Lunatic asylums Central Provinces reports 1895-1909 - 1895-1909
Year: 1895
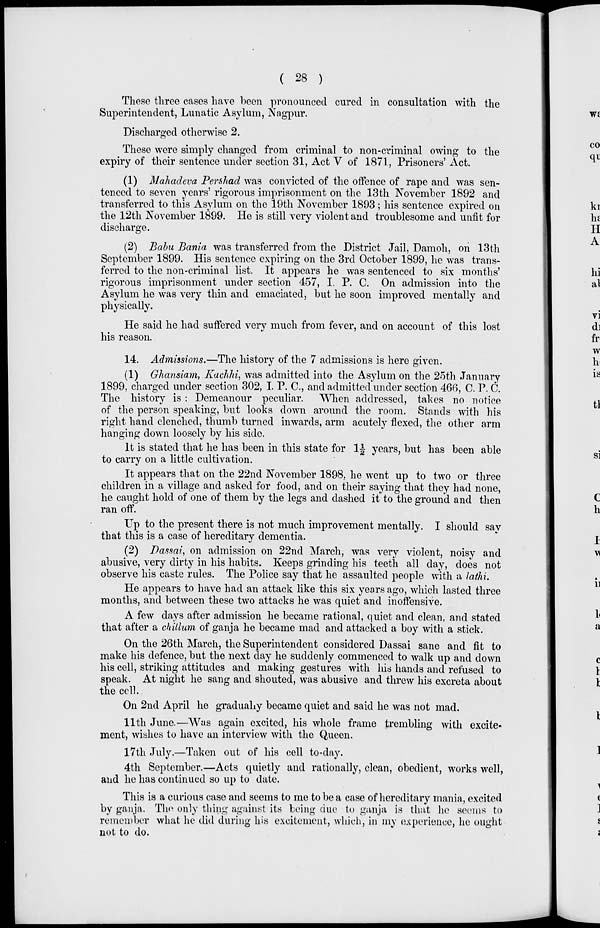
( 28 )
These three cases have been pronounced cured in consultation with the
Superintendent, Lunatic Asylum, Nagpur.
Discharged otherwise 2.
These were simply changed from criminal to non-criminal owing to the
expiry of their sentence under section 31, Act V of 1871, Prisoners' Act.
(1) Mahadeva Pershad was convicted of the offence of rape and was sen-
tenced to seven years' rigorous imprisonment on the 13th November 1892 and
transferred to this Asylum on the 19th November 1893 ; his sentence expired on
the 12th November 1899. He is still very violent and troublesome and unfit for
discharge.
(2) Babu Bania was transferred from the District Jail, Damoh, on 13th
September 1899. His sentence expiring on the 3rd October 1899, he was trans-
ferred to the non-criminal list. It appears he was sentenced to six months'
rigorous imprisonment under section 457, I. P. C. On admission into the
Asylum he was very thin and emaciated, but he soon improved mentally and
physically.
He said he had suffered very much from fever, and on account of this lost
his reason.
14. Admissions.—The history of the 7 admissions is here given.
(1) Ghansiam, Kachhi, was admitted into the Asylum on the 25th January
1899, charged under section 302, I. P. C., and admitted under section 466, C. P. C.
The history is : Demeanour peculiar. When addressed, takes no notice
of the person speaking, but looks down around the room. Stands with his
right hand clenched, thumb turned inwards, arm acutely flexed, the other arm
hanging down loosely by his side.
It is stated that he has been in this state for 1½ years, but has been able
to carry on a little cultivation.
It appears that on the 22nd November 1898, he went up to two or three
children in a village and asked for food, and on their saying that they had none,
he caught hold of one of them by the legs and dashed it to the ground and then
ran off.
Up to the present there is not much improvement mentally. I should say
that this is a case of hereditary dementia.
(2) Dassai, on admission on 22nd March, was very violent, noisy and
abusive, very dirty in his habits. Keeps grinding his teeth all day, does not
observe his caste rules. The Police say that he assaulted people with a lathi.
He appears to have had an attack like this six years ago, which lasted three
months, and between these two attacks he was quiet and inoffensive.
A few days after admission he became rational, quiet and clean, and stated
that after a chillum of ganja he became mad and attacked a boy with a stick.
On the 26th March, the Superintendent considered Dassai sane and fit to
make his defence, but the next day he suddenly commenced to walk up and down
his cell, striking attitudes and making gestures with his hands and refused to
speak. At night he sang and shouted, was abusive and threw his excreta about
the cell.
On 2nd April he gradually became quiet and said he was not mad.
11th June.—Was again excited, his whole frame trembling with excite-
ment, wishes to have an interview with the Queen.
17th July.—Taken out of his cell to-day.
4th September.—Acts quietly and rationally, clean, obedient, works well,
and he has continued so up to date.
This is a curious case and seems to me to be a case of hereditary mania, excited
by ganja. The only thing against its being due to ganja is that he seems to
remember what he did during his excitement, which, in my experience, he ought
not to do.